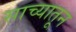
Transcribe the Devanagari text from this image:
साच्यातून